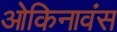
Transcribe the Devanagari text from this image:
ओकिनावंस